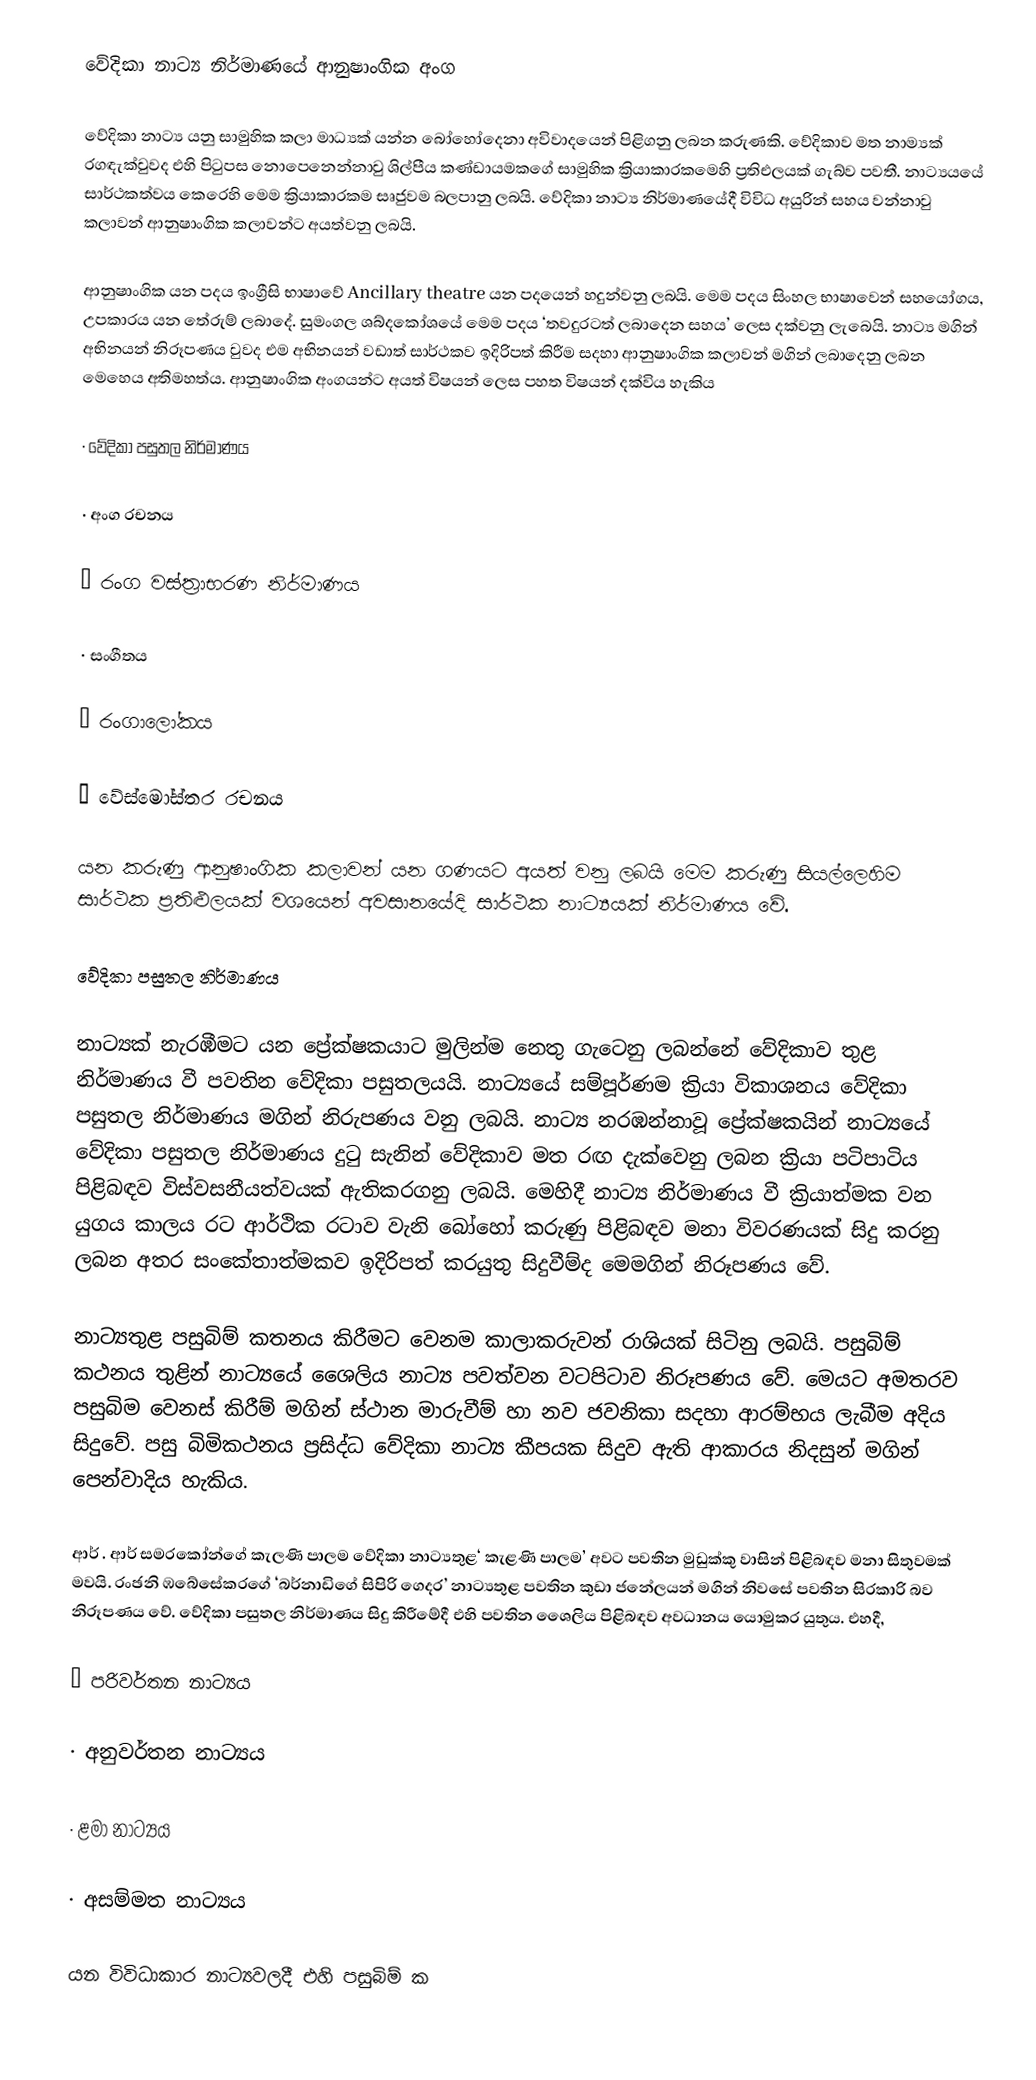
වේදිකා නාට්‍ය නිර්මාණයේ ආනුෂාංගික අංග

වේදිකා නාට්‍ය යනු සාමුහික කලා මාධ්‍යක් යන්න බෝහෝදෙනා අවිවාදයෙන් පිළිගනු ලබන කරුණකි. වේදිකාව මත නාම්‍යක් රගඳැක්වුවද එහි පිටුපස නොපෙනෙන්නාවු ශිල්පීය කණ්ඩායමකගේ සාමුහික ක්‍රියාකාරකමෙහි ප්‍රතිඑලයක් ගැබ්ව පවතී. නාට්‍යයයේ සාර්ථකත්වය කෙරෙහි මෙම ක්‍රියාකාරකම සෘජුවම බලපානු ලබයි. වේදිකා නාට්‍ය නිර්මාණයේදී විවිධ අයුරින් සහය වන්නාවු කලාවන් ආනුෂාංගික කලාවන්ට අයත්වනු ලබයි.

ආනුෂාංගික යන පදය ඉංග්‍රීසි භාෂාවේ Ancillary theatre යන පද‍යෙන් හදුන්වනු ලබයි. මෙම පදය සිංහල භාෂාවෙන් සහයෝගය, උපකාරය යන තේරුම් ලබාදේ. සුමංගල ශබ්දකෝශයේ මෙම පදය ‘තවදුරටත් ලබාදෙන සහය’ ලෙස දක්වනු ලැබෙයි. නාට්‍ය මගින් අභිනයන් නිරූපණය වුවද එම අභිනයන් වඩාත් සාර්ථකව ඉදිරිපත් කිරීම  සදහා ආනුෂාංගික කලාවන් මගින් ලබාදෙනු ලබන මෙහෙය අතිමහත්ය. ආනුෂාංගික අංගයන්ට අයත් විෂයන් ලෙස පහත විෂයන් දක්විය හැකිය

·        වේදිකා පසුතල නිර්මාණය

·        අංග රචනය

·        රංග වස්ත්‍රාභරණ නිර්මාණය

·        සංගීතය

·        රංගාලෝකය

·        වේස්මෝස්තර රචනය

යන කරුණු ආනුෂාංගික කලාවන් යන ගණයට අයත් වනු ලබයි මෙම කරුණු සියල්ලෙහිම සාර්ථක ප්‍රතිළුලයක් වශයෙන් අවසානයේදි සාර්ථක නාට්‍යයක් නිර්මාණය වේ.

වේදිකා පසුතල නිර්මාණය

නාට්‍යක් නැරඹීමට යන ‍ප්‍රේක්ෂකයාට මුලින්ම නෙතු ගැටෙනු ලබන්නේ වේදිකාව තුළ නිර්මාණය වී පවතින වේදිකා පසුතලයයි. නාට්‍යයේ සම්පූර්ණම ක්‍රියා විකාශනය වේදිකා පසුතල නිර්මාණය මගින් නිරුපණය වනු ලබයි. නාට්‍ය නරඹන්නාවූ ප්‍රේක්ෂකයින් නාට්‍යයේ වේදිකා පසුතල නිර්මාණය දුටු සැනින් වේදිකාව මත රඟ දැක්වෙනු ලබන ක්‍රියා පටිපාටිය පිළිබඳව විස්වසනීයත්වයක් ඇතිකරගනු ලබයි. මෙහිදී නාට්‍ය නිර්මාණය වී ක්‍රියාත්මක වන යුගය කාලය රට ආර්ථික රටාව වැනි බෝහෝ කරුණු පිළිබඳව මනා විවරණයක් සිදු කරනු ලබන අතර සංකේතාත්මකව ඉදිරිපත් කරයුතු සිදුවීම්ද මෙමගින් නිරූපණය වේ.

නාට්‍යතුළ පසුබිම් කතනය කිරීමට වෙනම කාලාකරුවන් රාශියක් සිටිනු ලබයි. පසුබිම් කථනය තුළින් නාට්‍යයේ ශෛලිය නාට්‍ය පවත්වන වටපිටාව නිරූපණය වේ. මෙයට අමතරව පසුබිම වෙනස් කිරීම් මගින් ස්ථාන මාරුවීම් හා නව ජවනිකා සදහා ආරම්භය ලැබීම අදිය සිදුවේ. පසු බිමිකථනය  ප්‍රසිද්ධ වේදිකා නාට්‍ය කීපයක සිදුව ඇති ආකාරය නිදසුන් මගින් පෙන්වාදිය හැකිය.

ආර් . ආර් සමරකෝන්ගේ  කැලණි පාලම වේදිකා නාට්‍යතුළ‘ කැළණි පාලම’ අවට පවතින මුඩුක්කු වාසින් පිළිබඳව මනා සිතුවමක් මවයි. රංඡනි ඹබේසේකරගේ ‘බර්නාඩිගේ සිපිරි ගෙදර’ නාට්‍යතුළ පවතින කුඩා ජනේලයන් මගින් නිවසේ පවතින සිරකාරි බව නිරූපණය වේ. වේදිකා පසුතල නිර්මාණය සිදු කිරීමේදී එහි පවතින ශෛලිය පිළිබඳව අවධානය යොමුකර යුතුය. එහදී,

·        පරිවර්තන නාට්‍යය

·        අනුවර්තන නාට්‍යය

·        ළමා නාට්‍යය

·        අසම්මත නාට්‍යය

යන විවිධාකාර නාට්‍යවලදී එහි පසුබිම් ක